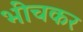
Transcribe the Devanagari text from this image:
भींचकर